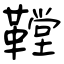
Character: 鞺